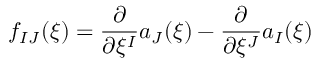
f _ { I J } ( \xi ) = \frac { \partial } { \partial \xi ^ { I } } a _ { J } ( \xi ) - \frac { \partial } { \partial \xi ^ { J } } a _ { I } ( \xi )